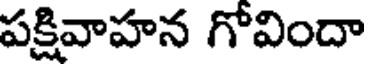
పక్షివాహన గోవిందా